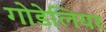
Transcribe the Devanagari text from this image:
गोडेलियर